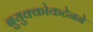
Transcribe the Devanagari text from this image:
बुयुक्कोकटेनने